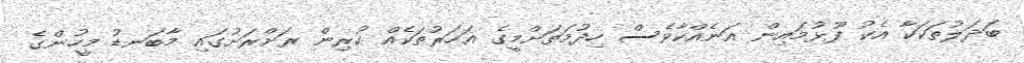
ބަދަލުތަކަކާ އެކު ފޫޅުމައިން އަނެއްކާވެސް ހިދުމަތަށްމީގެ އަހަރުތަކެއް ކުރިން ރަށްރަށުގައި މާބަނޑު މީހުންގެ